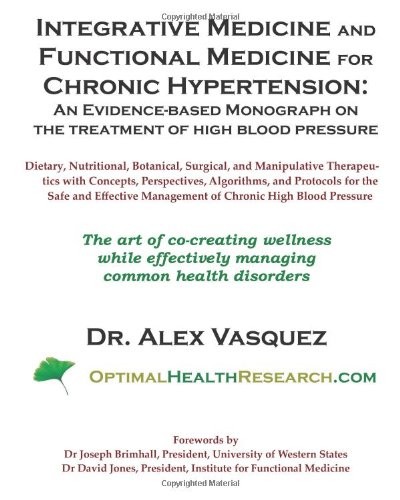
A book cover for Integrative Medicine and Functional Medicine for Chronic Hypertension; Dr. Alex Vasquez; Health, Fitness & Dieting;